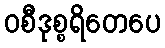
ဝစီဒုစ္စရိတေပေ